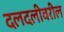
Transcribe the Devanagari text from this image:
दलदलीवरील